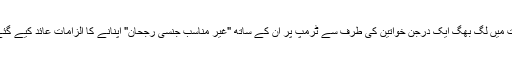
گزشتہ سال صدارتی انتخاب سے قبل مختلف اوقات میں لگ بھگ ایک درجن خواتین کی طرف سے ٹرمپ پر ان کے ساتھ "غیر مناسب جنسی رجحان" اپنانے کا الزامات عائد کیے گئے تھے جنہیں ٹرمپ نے یکسر مسترد کر دیا تھا۔